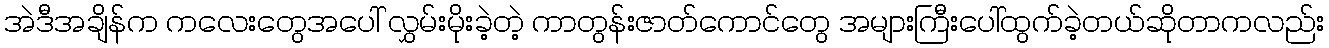
အဲဒီအချိန်က ကလေးတွေအပေါ် လွှမ်းမိုးခဲ့တဲ့ ကာတွန်းဇာတ်ကောင်တွေ အများကြီးပေါ်ထွက်ခဲ့တယ်ဆိုတာကလည်း